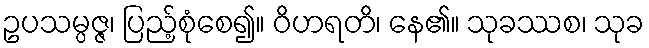
ဥပသမ္ပဇ္ဇ၊ ပြည့်စုံစေ၍။ ဝိဟရတိ၊ နေ၏။ သုခဿစ၊ သုခ